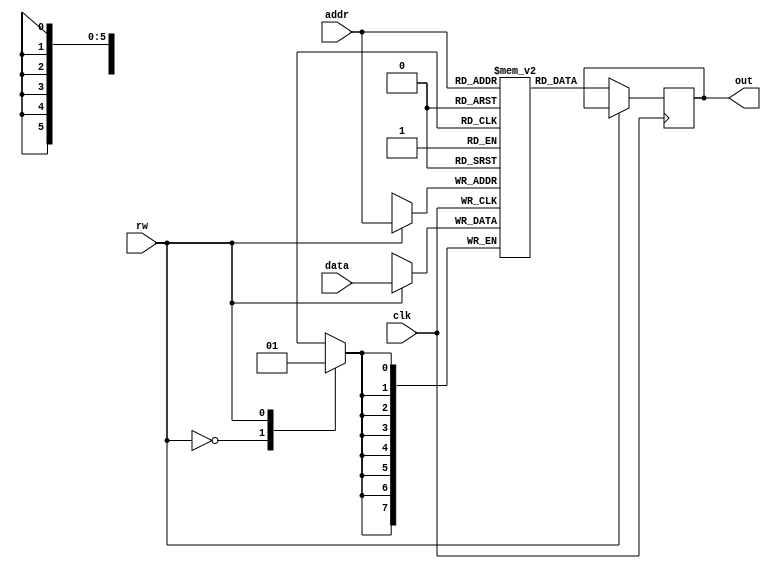
//////////////////////////////////////////////////////////////////////////////////
// Design: Single port synchronous RAM with 64Byte storage capacity
//////////////////////////////////////////////////////////////////////////////////
`timescale 1ns / 1ps

module ram(addr,data,clk,rw,out);
    input  wire [5:0] addr;     
    input  wire [7:0] data;
    input  wire clk;
    input  wire rw;             //when rw = 1 : write and when rw = 0 : read
    output reg [7:0] out;
    
    reg [7:0] ram [63:0];
    
    always @(posedge clk)
        begin
            case (rw) 
                1'b0 : out <= ram[addr];
                1'b1 : ram[addr] <= data;
                default : out <= 7'h0;
            endcase
        end
endmodule